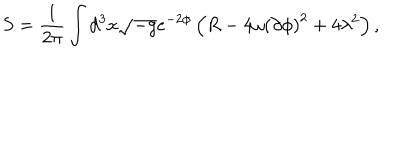
S = \frac { 1 } { 2 \pi } \int d ^ { 3 } x \sqrt { - g } e ^ { - 2 \phi } \left( R - 4 \omega \left( \partial \phi \right) ^ { 2 } + 4 \lambda ^ { 2 } \right) ,